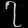
Digit: ၇